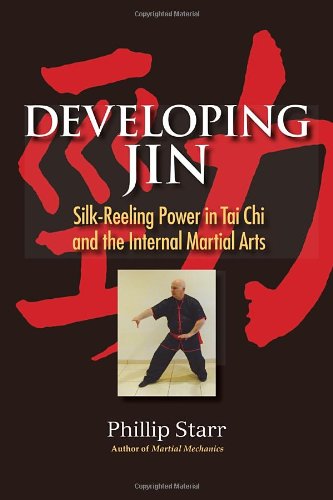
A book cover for Developing Jin: Silk-Reeling Power in Tai Chi and the Internal Martial Arts; Phillip Starr; Health, Fitness & Dieting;